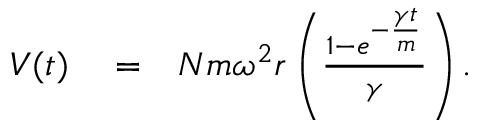
\begin{array} { r l r } { V ( t ) } & { { } = } & { N m \omega ^ { 2 } r \left( { \frac { 1 - e ^ { - { \frac { \gamma t } { m } } } } { \gamma } } \right) . } \end{array}